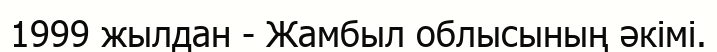
1999 жылдан - Жамбыл облысының әкімі.